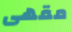
مقهى